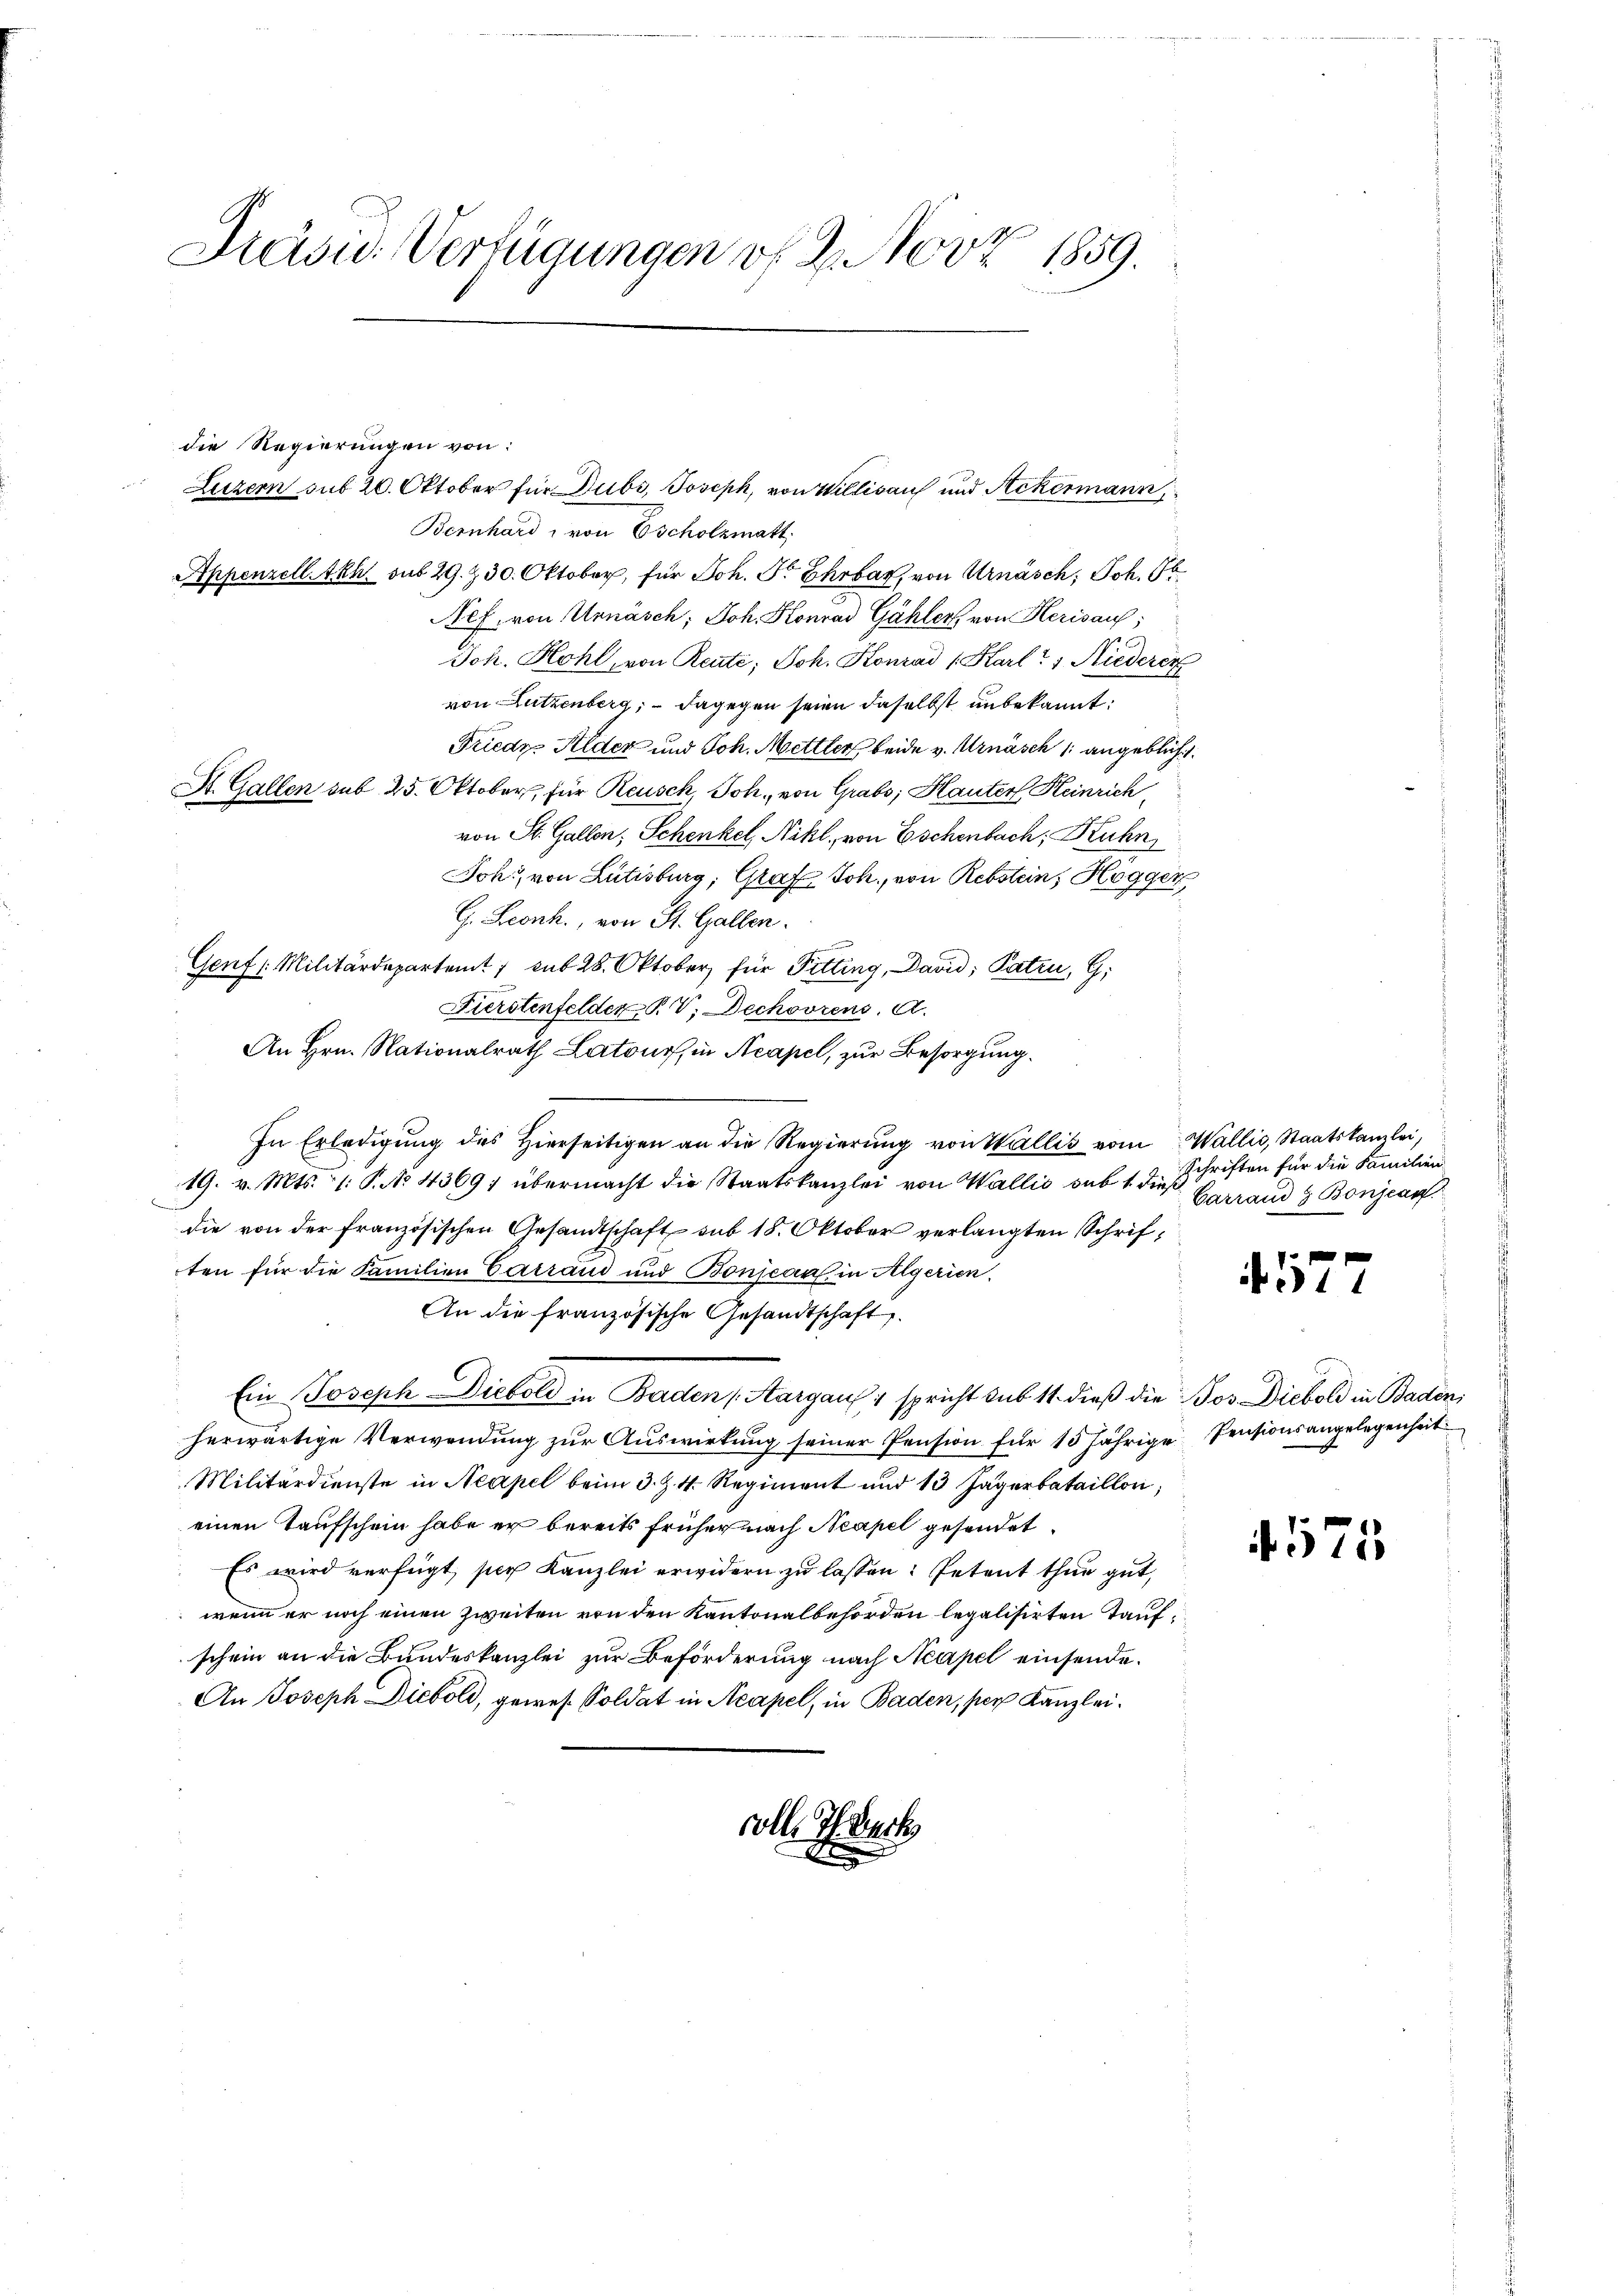
reale 132
Präsid. Verfügungen vf 2. Nov 1859.

die Regierungen von:
Bernhard, von Escholzmatt
d
Appenzell A.Rh. sub 29. & 30. Oktober, für Joh. Fr. Ehrbar, von Urnasch, Joh.
Nef. von Urnäsch; Joh. Konrad Gähler, von Herisauf;
Joh. Hohl, von Reute, Joh. Konrad 1. Karl Niederer
von Lutzenberg, – dagegen seien daselbst unbekannt:
Friedr. Alder und Joh. Mettler beide v. Arnasch 1 angebliche
St. Gallen sub 25. Oktober, für Reusch, Joh. von Grabs, Kauter Heinrich,
von St. Gallen; Schenkel, Nikl, von Eschenbach, Kuhn
Johr, von Lütisburg, Graf Joh., von Rebstein, Högger
H. Leonh., von St. Gallen.
Genf /: Militärdepartent sub 28. Oktober für Fitting, David, Paten, G
Fürstenfelder P. V. Dechovrens, A.
An Hrn. Nationalrath Latour, in Acapel, zur Besorgung.
In Erledigung des hierseitigen an die Regierŭng von Wallis vom Wallis, Staatskanzlei,
19. v. Mts. 1. P. No. 4369; übermacht die Staatskanzlei von Wallis sub 1. dies
die von der französischen Gesandtschaft sub 18. Oktober verlangten Schriften für die Familien Carrand und Bonjeau in Algerien.
An die französische Gesandtschaft.
Ein Joseph Diebold in Baden Aargau spricht sub 11. dieß die Jos. Diebold in Baden,
herwärtige Verwendung zur Auswirkung seiner Pension für 15 jährige Pensionsangelegenheit
Militärdienste in Neapel beim 3. Z. 4. Regiment und 13 Jägerbataillon,
einen Taufschein habe er bereits früher nach Neapel gesendet
Es wird verfügt, sich Kanzlei erwidern zu lassen: Petent thun gut,
wenn er noch einen Zweiten von den Kantonalbehörden legalisirten Taufschein an die Bundeskanzlei zur Beförderung nach Neapel einsende¬
An Joseph Diebold, gewes. Soldat in Acapel, in Baden, per Kanzleioll. Th. Werk

Luzern sub 20. Oktober für Jubi, Joseph, von Willisau und Stekermann

Schriften für die Familien
Carrand & Bonjean

577

575